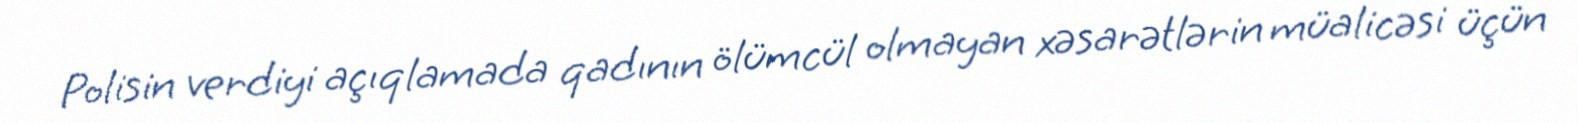
Polisin verdiyi açıqlamada qadının ölümcül olmayan xəsarətlərin müalicəsi üçün